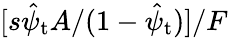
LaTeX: [s\hat{\psi}_{\mathrm{t}}A/(1-\hat{\psi}_{\mathrm{t}})]/F